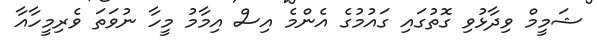
ޝަމީމް ވިދާޅުވި ގޮތުގައި ގައުމުގެ އެންމެ އިސް އިމާމު މީހާ ނުވަތަ ވެރިމީހާއާ